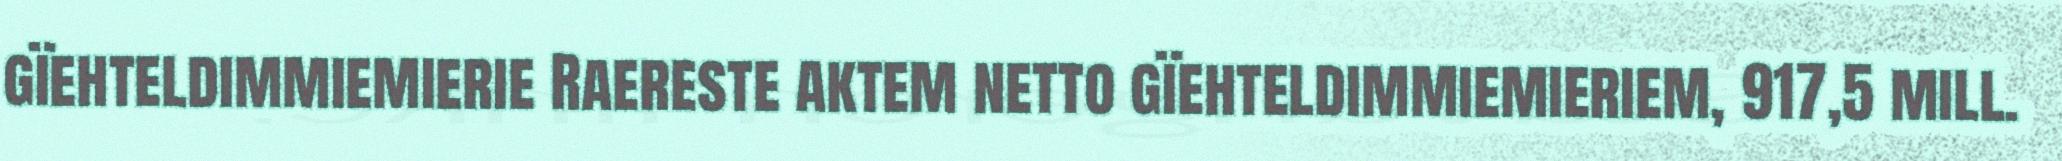
gïehteldimmiemierie Raereste aktem netto gïehteldimmiemieriem, 917,5 mill.